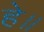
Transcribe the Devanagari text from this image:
हे॥